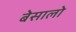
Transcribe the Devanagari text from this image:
बेसालो